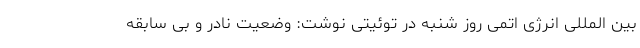
بین المللی انرژی اتمی روز شنبه در توئیتی نوشت: وضعیت نادر و بی سابقه